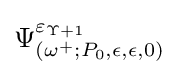
\Psi _{(\omega ^{+};P_{0},\epsilon ,\epsilon ,0)}^{\varepsilon _{\Upsilon +1}}